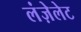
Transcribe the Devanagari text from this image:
लंज़ेलेट